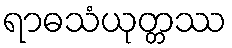
ရာဓသံယုတ္တဿ